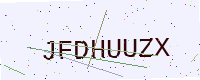
Text: JFDHUUZX